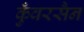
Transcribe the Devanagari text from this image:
कुँवरसैन